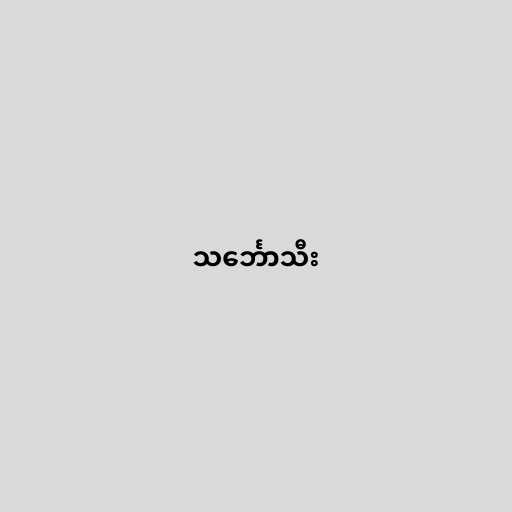
သင်္ဘောသီး